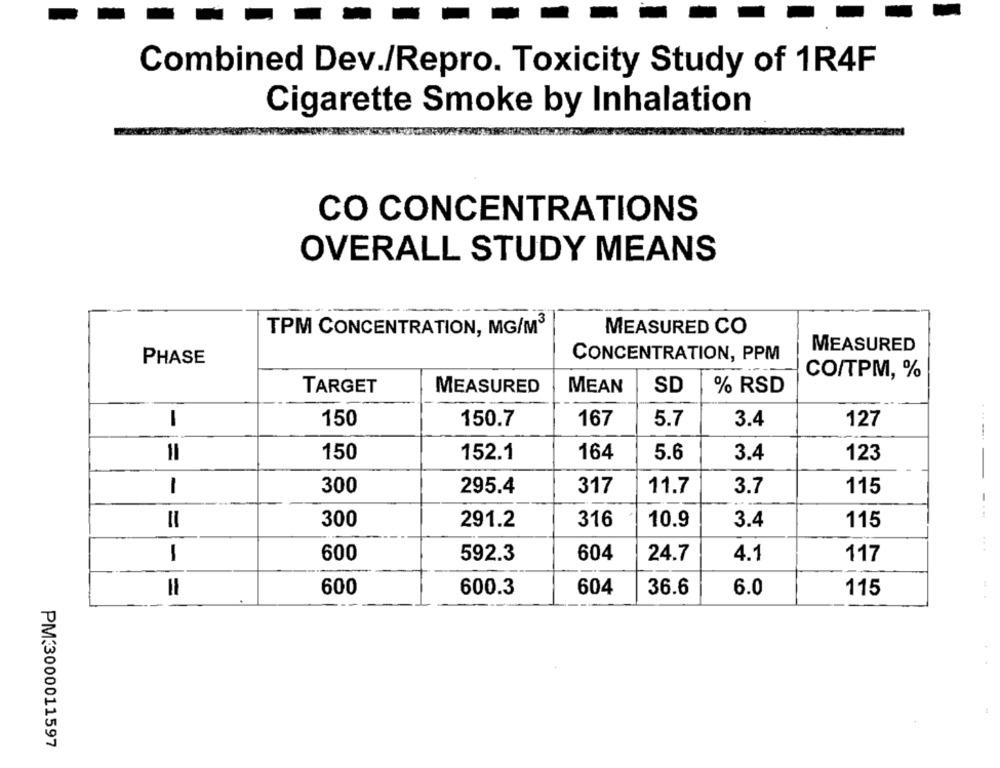
Combined Dev./Repro. Toxicity Study of 1R4F
Cigarette Smoke by Inhalation
CO CONCENTRATIONS
OVERALL STUDY MEANS
TPM CONCENTRATION, MG/M3
MEASURED CO
MEASURED
PHASE
CONCENTRATION, PPM
CO/TPM, %
TARGET
MEASURED
MEAN
SD
% RSD
-
150
150.7
167
5.7
3.4
127
150
152.1
164
5.6
3.4
123
1
300
295.4
317
11.7
3.7
115
-
300
291.2
316
10.9
115
3.4
1
600
592.3
604
24.7
4.1
117
=
600
600.3
604
36.6
6.0
115
PM:3000011597